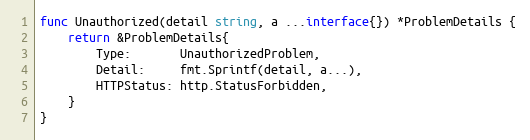
Language: Go
func Unauthorized(detail string, a ...interface{}) *ProblemDetails {
	return &ProblemDetails{
		Type:       UnauthorizedProblem,
		Detail:     fmt.Sprintf(detail, a...),
		HTTPStatus: http.StatusForbidden,
	}
}